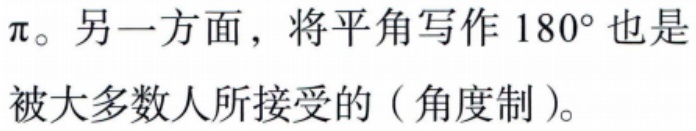
$\pi$。另一方面，将平角写作$180^{\circ}$也是被大多数人所接受的（角度制）。